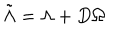
LaTeX: \tilde { \Lambda } = \Lambda + D \Omega